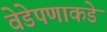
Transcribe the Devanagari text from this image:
वेडेपणाकडे